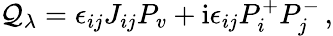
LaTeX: \mathcal{Q}_{\lambda}=\epsilon_{ij}J_{ij}P_{v}+\mathrm{{i}}\epsilon_{ij}P_{i}^{+}P_{j}^{-}\, ,